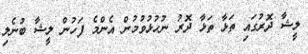
ލީޝާ ދޮރުގައި ތަޅާ ތަޅާ ދޮރު ނުހުޅުވުމުން އެންމެ ފަހުން ލީޝާ ބުނެލި